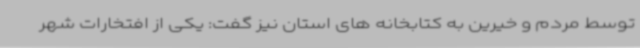
توسط مردم و خیرین به کتابخانه های استان نیز گفت: یکی از افتخارات شهر